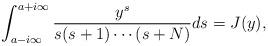
LaTeX: \begin{align*}\int_{a-i\infty}^{a+i\infty}\frac{y^s}{s(s+1) \cdots(s+N)} ds=J(y),\end{align*}